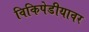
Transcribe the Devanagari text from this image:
विकिपेडीयावर